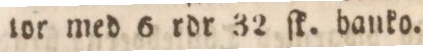
tor med 6 rdr 32 ſk. banko.